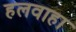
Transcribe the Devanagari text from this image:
हलवाहा